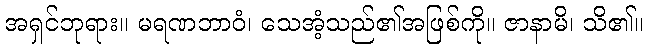
အရှင်ဘုရား။ မရဏဘာဝံ၊ သေအံ့သည်၏အဖြစ်ကို။ ဇာနာမိ၊ သိ၏။